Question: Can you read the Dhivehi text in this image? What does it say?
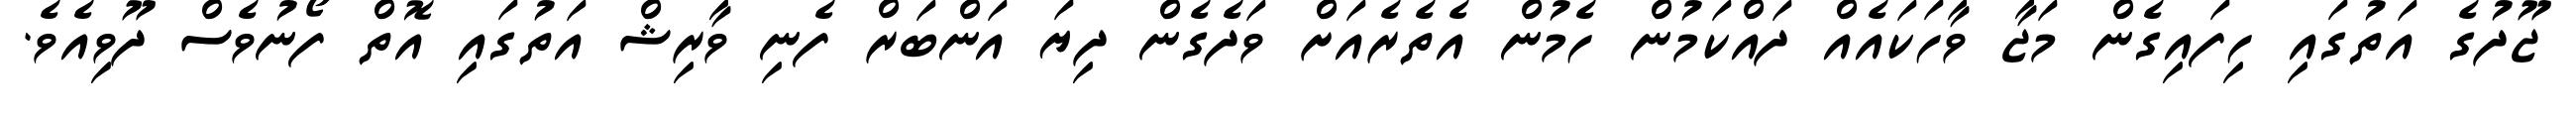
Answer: ޖޫދުގެ އަތުގައި ހިފައިގެން މަޖާ ވާހަކައެއް ދައްކަމުން ހެމުން އެތެރެއަށް ވަދެގެން ދިޔަ އަންބަރް ފެނި ވާރިޝް އަތުގައި އޮތް ފޯނުވެސް ދޫވިއެވެ.